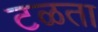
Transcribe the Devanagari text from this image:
टळता